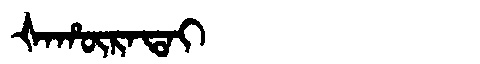
Manchu: ᡧᠠᡥᡡᡵᠠᡨᠠᡳ
Romanization: ŠAHŪRATAI